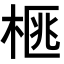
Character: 𭪜